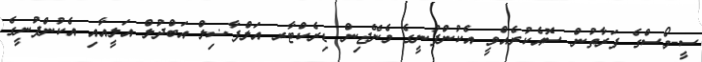
ސީ-މޯސްގެ ފަރާތުން ސޮއެކުރެއްވީ އެކުންފުނީގެ މެނޭޖިން ޑިރެކްޓާރ އަލްފާޟިލް އަބްދުލް އަލީއާއި އެކުންފުނީގެ